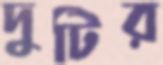
দুটির